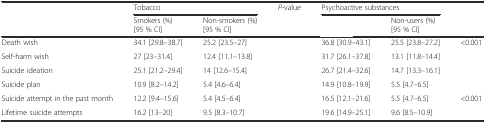
<table><thead><tr><td>[EMPTY_CELL]</td><td colspan="2"><b>Tobacco</b></td><td><b><i>P</i>-value</b></td><td colspan="2"><b>Psychoactive substances</b></td><td>[EMPTY_CELL]</td></tr><tr><td>[EMPTY_CELL]</td><td><b>Smokers (%) [95 % CI]</b></td><td><b>Non-smokers (%) [95 % CI]</b></td><td>[EMPTY_CELL]</td><td>[EMPTY_CELL]</td><td><b>Non-users (%) [95 % CI]</b></td><td>[EMPTY_CELL]</td></tr></thead><tbody><tr><td>Death wish</td><td>34.1 [29.8–38.7]</td><td>25.2 [23.5–27]</td><td>[EMPTY_CELL]</td><td>36.8 [30.9–43.1]</td><td>25.5 [23.8–27.2]</td><td>&lt;0.001</td></tr><tr><td>Self-harm wish</td><td>27 [23–31.4]</td><td>12.4 [11.1–13.8]</td><td>[EMPTY_CELL]</td><td>31.7 [26.1–37.8]</td><td>13.1 [11.8–14.4]</td><td>[EMPTY_CELL]</td></tr><tr><td>Suicide ideation</td><td>25.1 [21.2–29.4]</td><td>14 [12.6–15.4]</td><td>[EMPTY_CELL]</td><td>26.7 [21.4–32.6]</td><td>14.7 [13.3–16.1]</td><td>[EMPTY_CELL]</td></tr><tr><td>Suicide plan</td><td>10.9 [8.2–14.2]</td><td>5.4 [4.6–6.4]</td><td>[EMPTY_CELL]</td><td>14.9 [10.8–19.9]</td><td>5.5 [4.7–6.5]</td><td>[EMPTY_CELL]</td></tr><tr><td>Suicide attempt in the past month</td><td>12.2 [9.4–15.6]</td><td>5.4 [4.5–6.4]</td><td>[EMPTY_CELL]</td><td>16.5 [12.1–21.6]</td><td>5.5 [4.7–6.5]</td><td>&lt;0.001</td></tr><tr><td>Lifetime suicide attempts</td><td>16.2 [13–20]</td><td>9.5 [8.3–10.7]</td><td>[EMPTY_CELL]</td><td>19.6 [14.9–25.1]</td><td>9.6 [8.5–10.9]</td><td>[EMPTY_CELL]</td></tr></tbody></table>